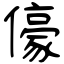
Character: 儫